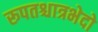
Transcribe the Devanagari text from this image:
रूपतश्चात्रभेदो